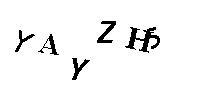
YAYZH5